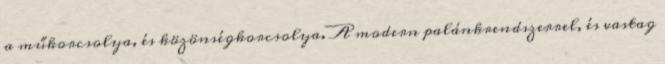
a műkorcsolya, és közönségkorcsolya. A modern palánkrendszerrel, és vastag